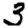
Digit: 3